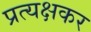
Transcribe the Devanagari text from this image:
प्रत्यक्षकर